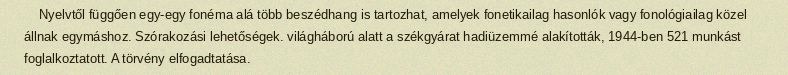
Nyelvtől függően egy-egy fonéma alá több beszédhang is tartozhat, amelyek fonetikailag hasonlók vagy fonológiailag közel állnak egymáshoz. Szórakozási lehetőségek. világháború alatt a székgyárat hadiüzemmé alakították, 1944-ben 521 munkást foglalkoztatott. A törvény elfogadtatása.